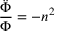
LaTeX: { \frac { \ddot { \Phi } } { \Phi } } = - n ^ { 2 }